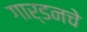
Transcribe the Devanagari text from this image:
गार्डनचे